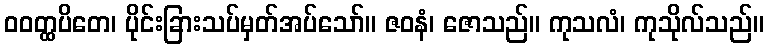
ဝဝတ္ထပိတေ၊ ပိုင်းခြားသပ်မှတ်အပ်သော်။ ဇဝနံ၊ ဇောသည်။ ကုသလံ၊ ကုသိုလ်သည်။